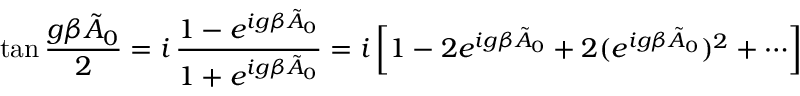
\tan { \frac { g \beta \tilde { A } _ { 0 } } { 2 } } = i \, { \frac { 1 - e ^ { i g \beta \tilde { A } _ { 0 } } } { 1 + e ^ { i g \beta \tilde { A } _ { 0 } } } } = i \left[ 1 - 2 e ^ { i g \beta \tilde { A } _ { 0 } } + 2 ( e ^ { i g \beta \tilde { A } _ { 0 } } ) ^ { 2 } + \cdots \right]